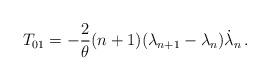
LaTeX: \begin{align*}T_{01} = -\frac2\theta(n+1)(\lambda_{n+1}-\lambda_n)\dot\lambda_n \,.\end{align*}